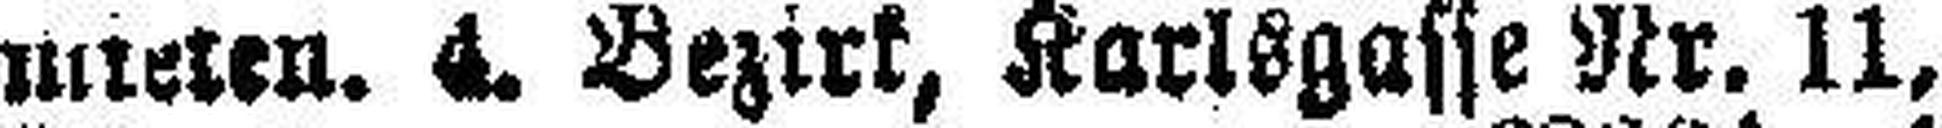
mieten. 4. Bezirk, Karlsgasse Nr. 11,